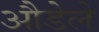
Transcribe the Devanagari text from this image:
औडेले